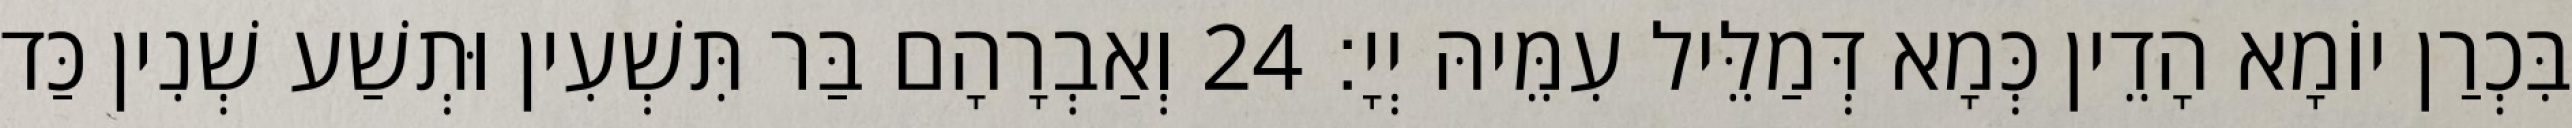
בִּכְרַן יוֹמָא הָדֵין כְּמָא דְּמַלֵּיל עִמֵּיהּ יְיָ׃ 24 וְאַבְרָהָם בַּר תִּשְׁעִין וּתְשַׁע שְׁנִין כַּד